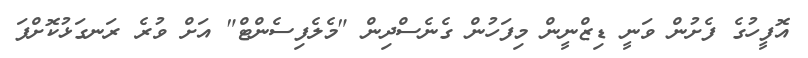
އޮފީހުގެ ފެށުން ވަނީ ޑިޒްނީން މިފަހުން ގެނެސްދިން "މެލެފިސެންޓް" އަށް ވުރެ ރަނގަޅުކޮށްފަ